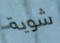
شوية